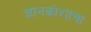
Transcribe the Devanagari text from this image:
ज्ञानकोशाचा